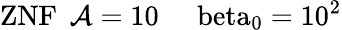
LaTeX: \mathrm{{ZNF}\: \: \mathcal{A}=10\: \: \: \: \: \ beta_{0}=10^{2}}